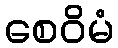
စေဝိမံ